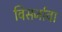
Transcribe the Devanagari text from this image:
विसर्जावा